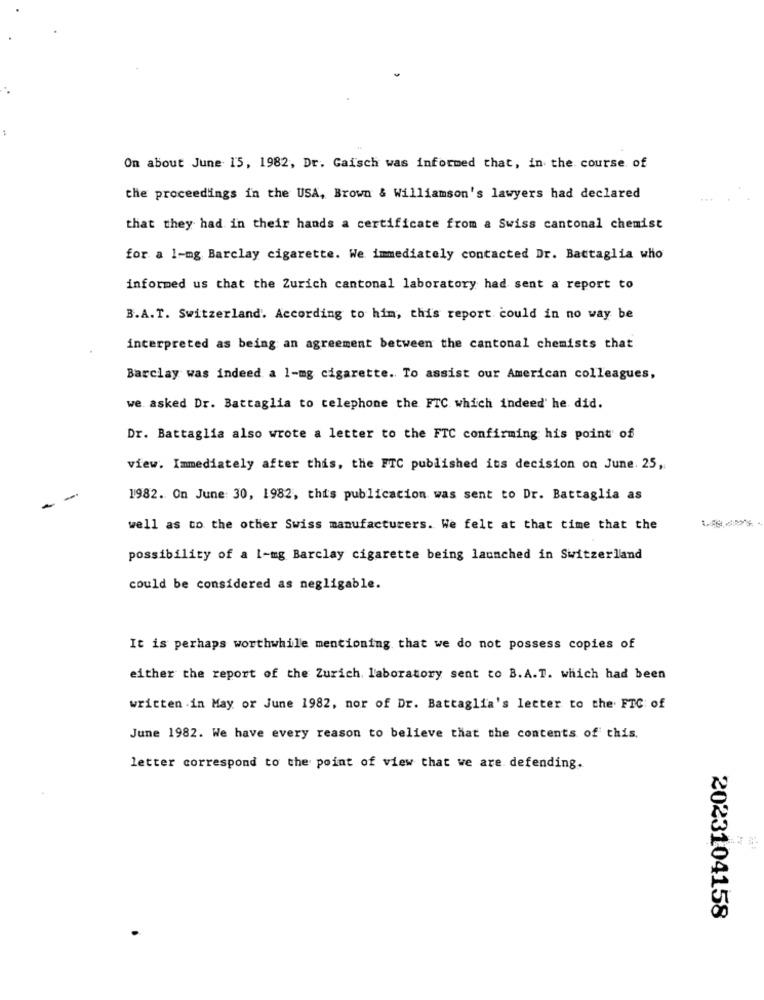
On about June 15, 1982, Dr. Gaisch was informed that, in the course of
the proceedings in the USA, Brown & Williamson's lawyers had declared
that they had in their hands a certificate from a Swiss cantonal chemist
for a 1-mg Barclay cigarette. We immediately contacted Dr. Battaglia who
informed us that the Zurich cantonal laboratory had sent a report to
B.A.T. Switzerland. According to him, this report could in no way be
interpreted as being an agreement between the cantonal chemists that
Barclay was indeed a 1-mg cigarette. To assist our American colleagues,
we asked Dr. Battaglia to telephone the FTC which indeed' he did.
Dr. Battaglia also wrote a letter to the FTC confirming his point of
view. Immediately after this, the FTC published its decision on June. 25,
1982. On June: 30, 1982, this publication was sent to Dr. Battaglia as
well as to the other Swiss manufacturers. We felt at that time that the
possibility of a 1-mg Barclay cigarette being launched in Switzerland
could be considered as negligable.
It is perhaps worthwhile mentioning that we do not possess copies of
either the report of the Zurich laboratory sent to B.A.T. which had been
written in May or June 1982, nor of Dr. Battaglia's letter to the. FTC of
June 1982. We have every reason to believe that the contents of this.
letter correspond to the point of view that we are. defending.
2023104158